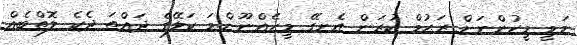
މަމީ މީހުންނަށް ރަޙުމް ކުރަން އެނގޭ މީހެއްނޫން.މަ ކަލޭގެ ދައްތަ ދެކެ ލޮތްބެއް